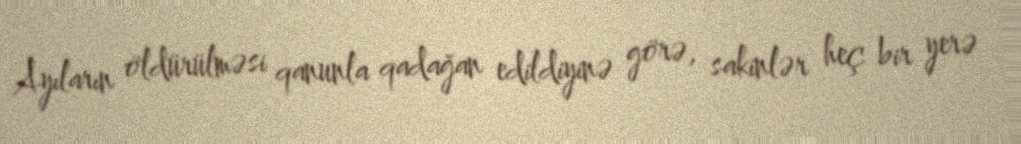
Ayıların öldürülməsi qanunla qadağan edildiyinə görə, sakinlər heç bir yerə